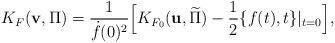
LaTeX: \begin{align*}K_F({\bf v},\Pi) = \frac{1}{\dot{f}(0)^2}\Bigl[K_{F_0}({\bf u},\widetilde{\Pi})-\frac{1}{2}\{f(t),t\}|_{t=0}\Bigr], \end{align*}